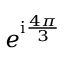
e ^ { \mathrm { i } \frac { 4 \pi } { 3 } }